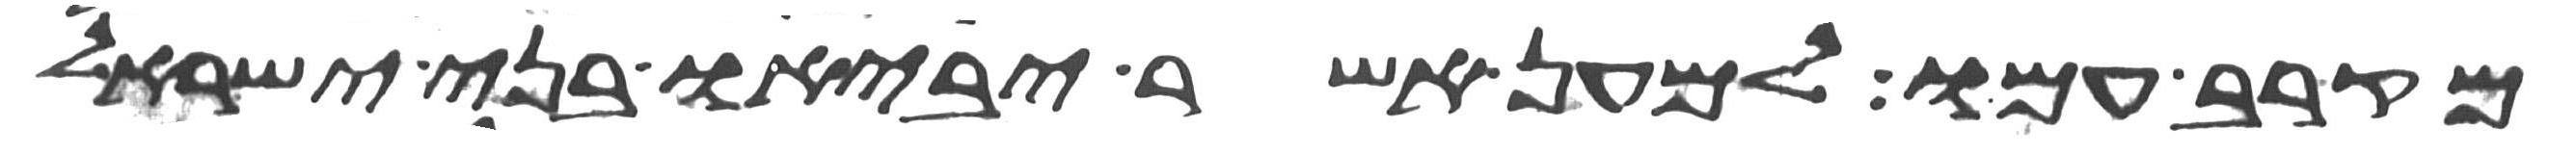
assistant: מקרב עמיו למען אשר יביאו בני ישראל